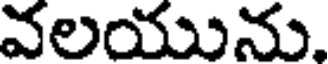
వలయును,